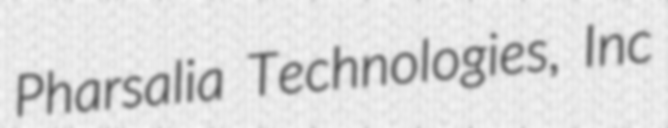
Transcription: Pharsalia Technologies, Inc